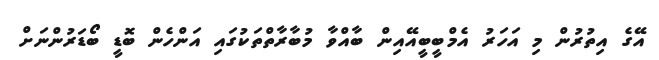
އޭގެ އިތުރުން މި އަހަރު އެމްބީބީއޭއިން ބާއްވާ މުބާރާތްތަކުގައި އަންހެން ބޮޑީ ބޯޑަރުންނަށް